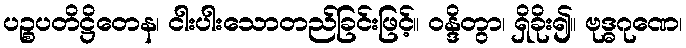
ပဉ္စပတိဋ္ဌိတေန၊ ငါးပါးသောတည်ခြင်းဖြင့်။ ဝန္ဒိတွာ၊ ရှိခိုး၍။ ဗုဒ္ဓဂုဏေ၊